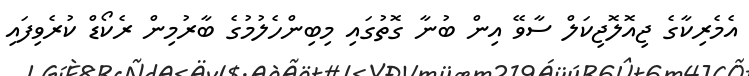
އެމެރިކާގެ ޖިއޮލޮޖިކަލް ސާވޭ އިން ބުނާ ގޮތުގައި މިބިންހެލުމުގެ ބާރުމިން ރެކޯޑް ކުރެވިފައި